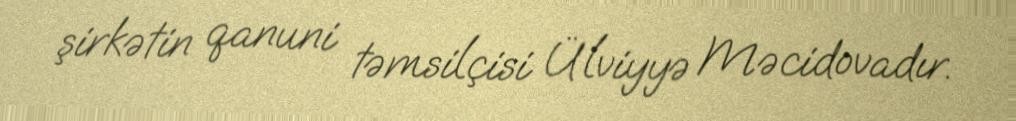
şirkətin qanuni təmsilçisi Ülviyyə Məcidovadır.